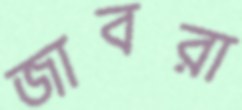
জাবরা